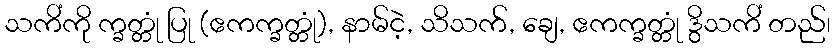
သကိံကို က္ခတ္တုံ ပြု (ဧကက္ခတ္တုံ), နာမ်ငဲ့, သိသက်, ချေ, ဧကက္ခတ္တုံ ဒွိသကိံ တည်၊